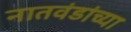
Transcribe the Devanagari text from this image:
नातवंडांच्या